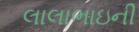
લાલાભાઇની